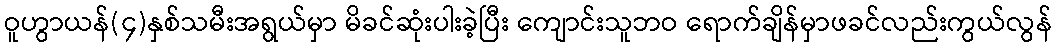
ဝူဟွာယန်(၄)နှစ်သမီးအရွယ်မှာ မိခင်ဆုံးပါးခဲ့ပြီး ကျောင်းသူဘဝ ရောက်ချိန်မှာဖခင်လည်းကွယ်လွန်